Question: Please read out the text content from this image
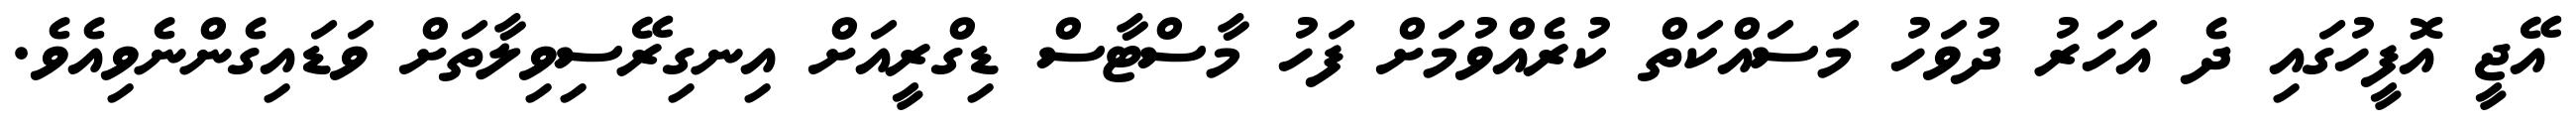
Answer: އޭޖީ އޮފީހުގައި ދެ އަހަރު ދުވަހު މަސައްކަތް ކުރެއްވުމަށް ފަހު މާސްޓާސް ޑިގްރީއަށް އިނގިރޭސިވިލާތަށް ވަޑައިގެންނެވިއެވެ.